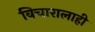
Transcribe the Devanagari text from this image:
विचारालाही